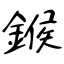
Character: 鍭